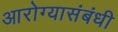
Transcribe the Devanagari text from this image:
आरोग्यासंबंधी